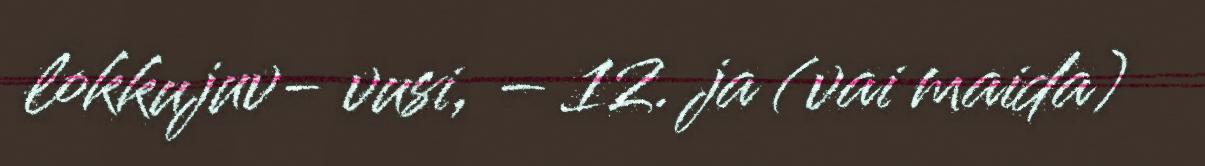
lokkujuv- vusi, – 12. ja (vai maida)